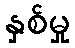
နှစ်မှု